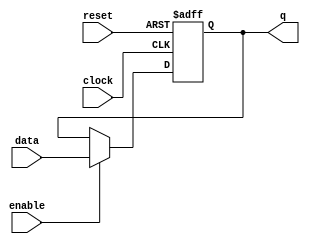
module flip_flop (
    input data,
    input clock,
    input reset,
    input enable,
    output reg q
);

always @(posedge clock or posedge reset)
begin
    if (reset)
        q <= 1'b0; // reset the state
    else if (enable)
        q <= data; // capture data input on rising clock edge
end

endmodule